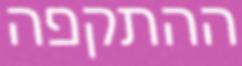
ההתקפה